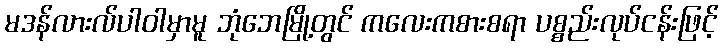
မဒန်လားလ်ပါဝါမှာမူ ဘုံဘေမြို့တွင် ကလေးကစားစရာ ပစ္စည်းလုပ်ငန်းဖြင့်